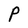
Character: P